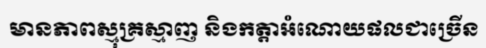
មានភាពស្មុគ្រស្មាញ និងកត្តាអំណោយផលជាច្រើន